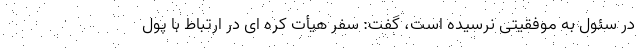
در سئول به موفقیتی نرسیده است، گفت: سفر هیأت کره ای در ارتباط با پول